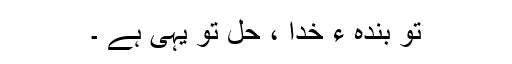
تو بندہ ء خدا ، حل تو یہی ہے ۔